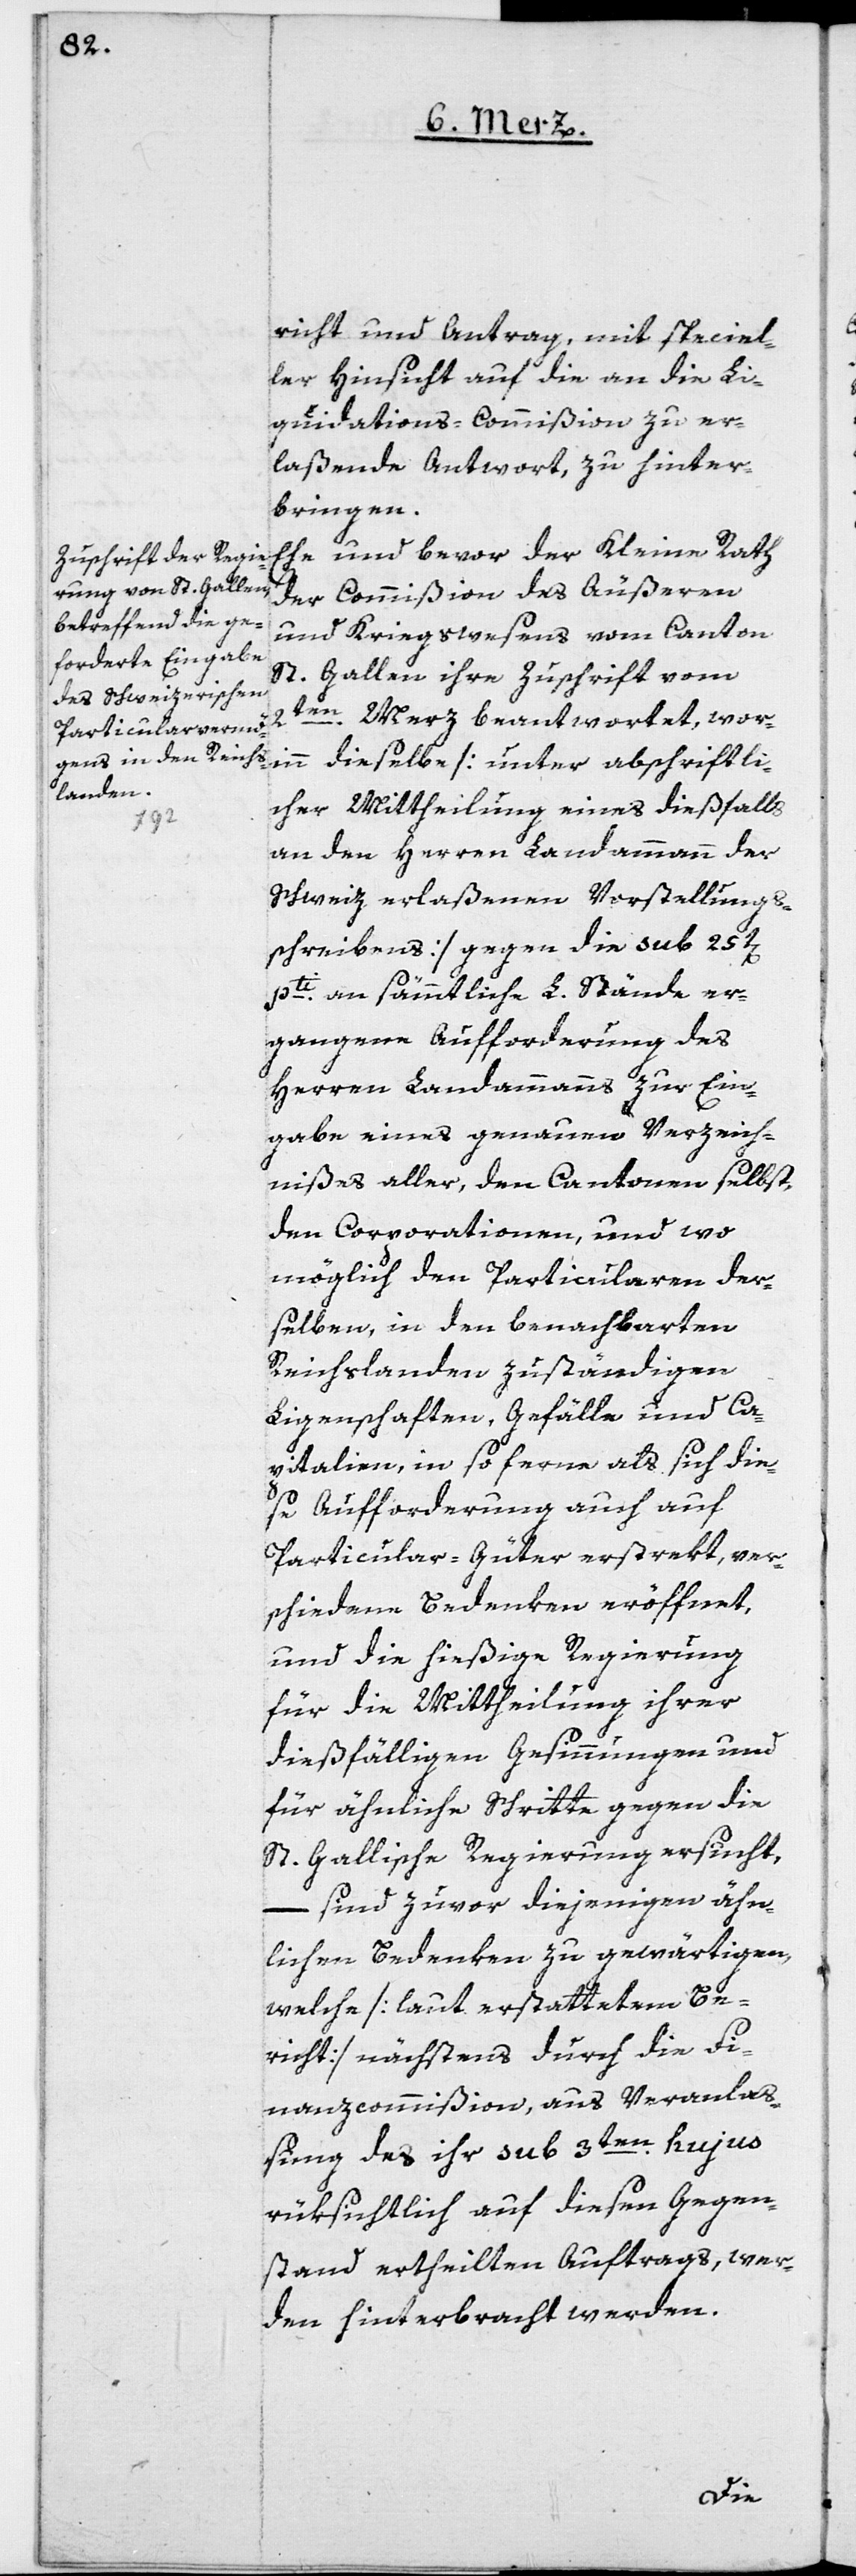
richt und Antrag, mit speciel¬
ler Hinsicht auf die an die Li¬
quidations-Commißion zu er¬
laßende Antwort, zu hinter¬
bringen.
Ehe und bevor der Kleine Rath
der Commißion des Äußeren
und Kriegswesens vom Canton
St. Gallen ihre Zuschrift vom
2ten Merz beantwortet, wor¬
in dieselbe [unter abschriftli¬
cher Mittheilung eines dießfalls
an den Herren Landammann der
Schweiz erlaßenen Vorstellungs¬
schreibens] gegen die sub 25t[en]
pti an sämmtliche L. Stände er¬
gangene Aufforderung des
Herren Landammanns zur Ein¬
gabe eines genauen Verzeich¬
nißes aller, den Cantonen selbst,
den Corporationen, und wo
möglich den Particularen der¬
selben, in den benachbarten
Reichslanden zuständigen
Ligenschaften, Gefälle und Ca¬
pitalien, in so ferne als sich die¬
se Aufforderung auch auf
Particular-Güter erstrekt, ver¬
schiedene Bedenken eröffnet,
und die hießige Regierung
für die Mittheilung ihrer
dießfälligen Gesinnungen und
für ähnliche Schritte gegen die
St. Gallische Regierung ersucht,
– sind zuvor diejenigen ähn¬
lichen Bedenken zu gewärtigen,
welche [laut erstattetem Be¬
richt] nächstens durch die Fi¬
nanzcommißion, aus Veranlaß¬
ung des ihr sub 3ten hujus
rüksichtlich auf diesen Gegen¬
stand ertheilten Auftrags, wer¬
den hinterbracht werden.